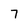
Character: 7